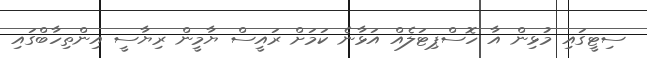
ސިޓީގައި މުޅިން އާ ހޮސްޕިޓަލެއް އަޅާނެ ކަމަށް ރައީސް ޔާމީން ރިޔާސީ އިންތިހާބްގައި